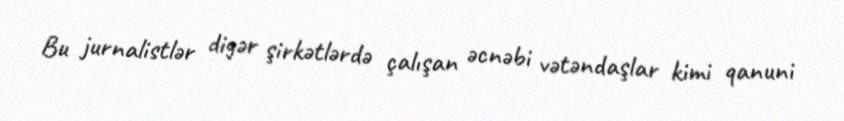
Bu jurnalistlər digər şirkətlərdə çalışan əcnəbi vətəndaşlar kimi qanuni